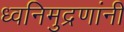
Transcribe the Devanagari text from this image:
ध्वनिमुद्रणांनी